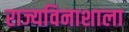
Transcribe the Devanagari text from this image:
राज्यविनाशाला